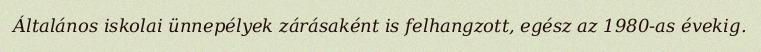
Általános iskolai ünnepélyek zárásaként is felhangzott, egész az 1980-as évekig.